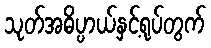
သုတ်အဓိပ္ပာယ်နှင့်ရုပ်တွက်